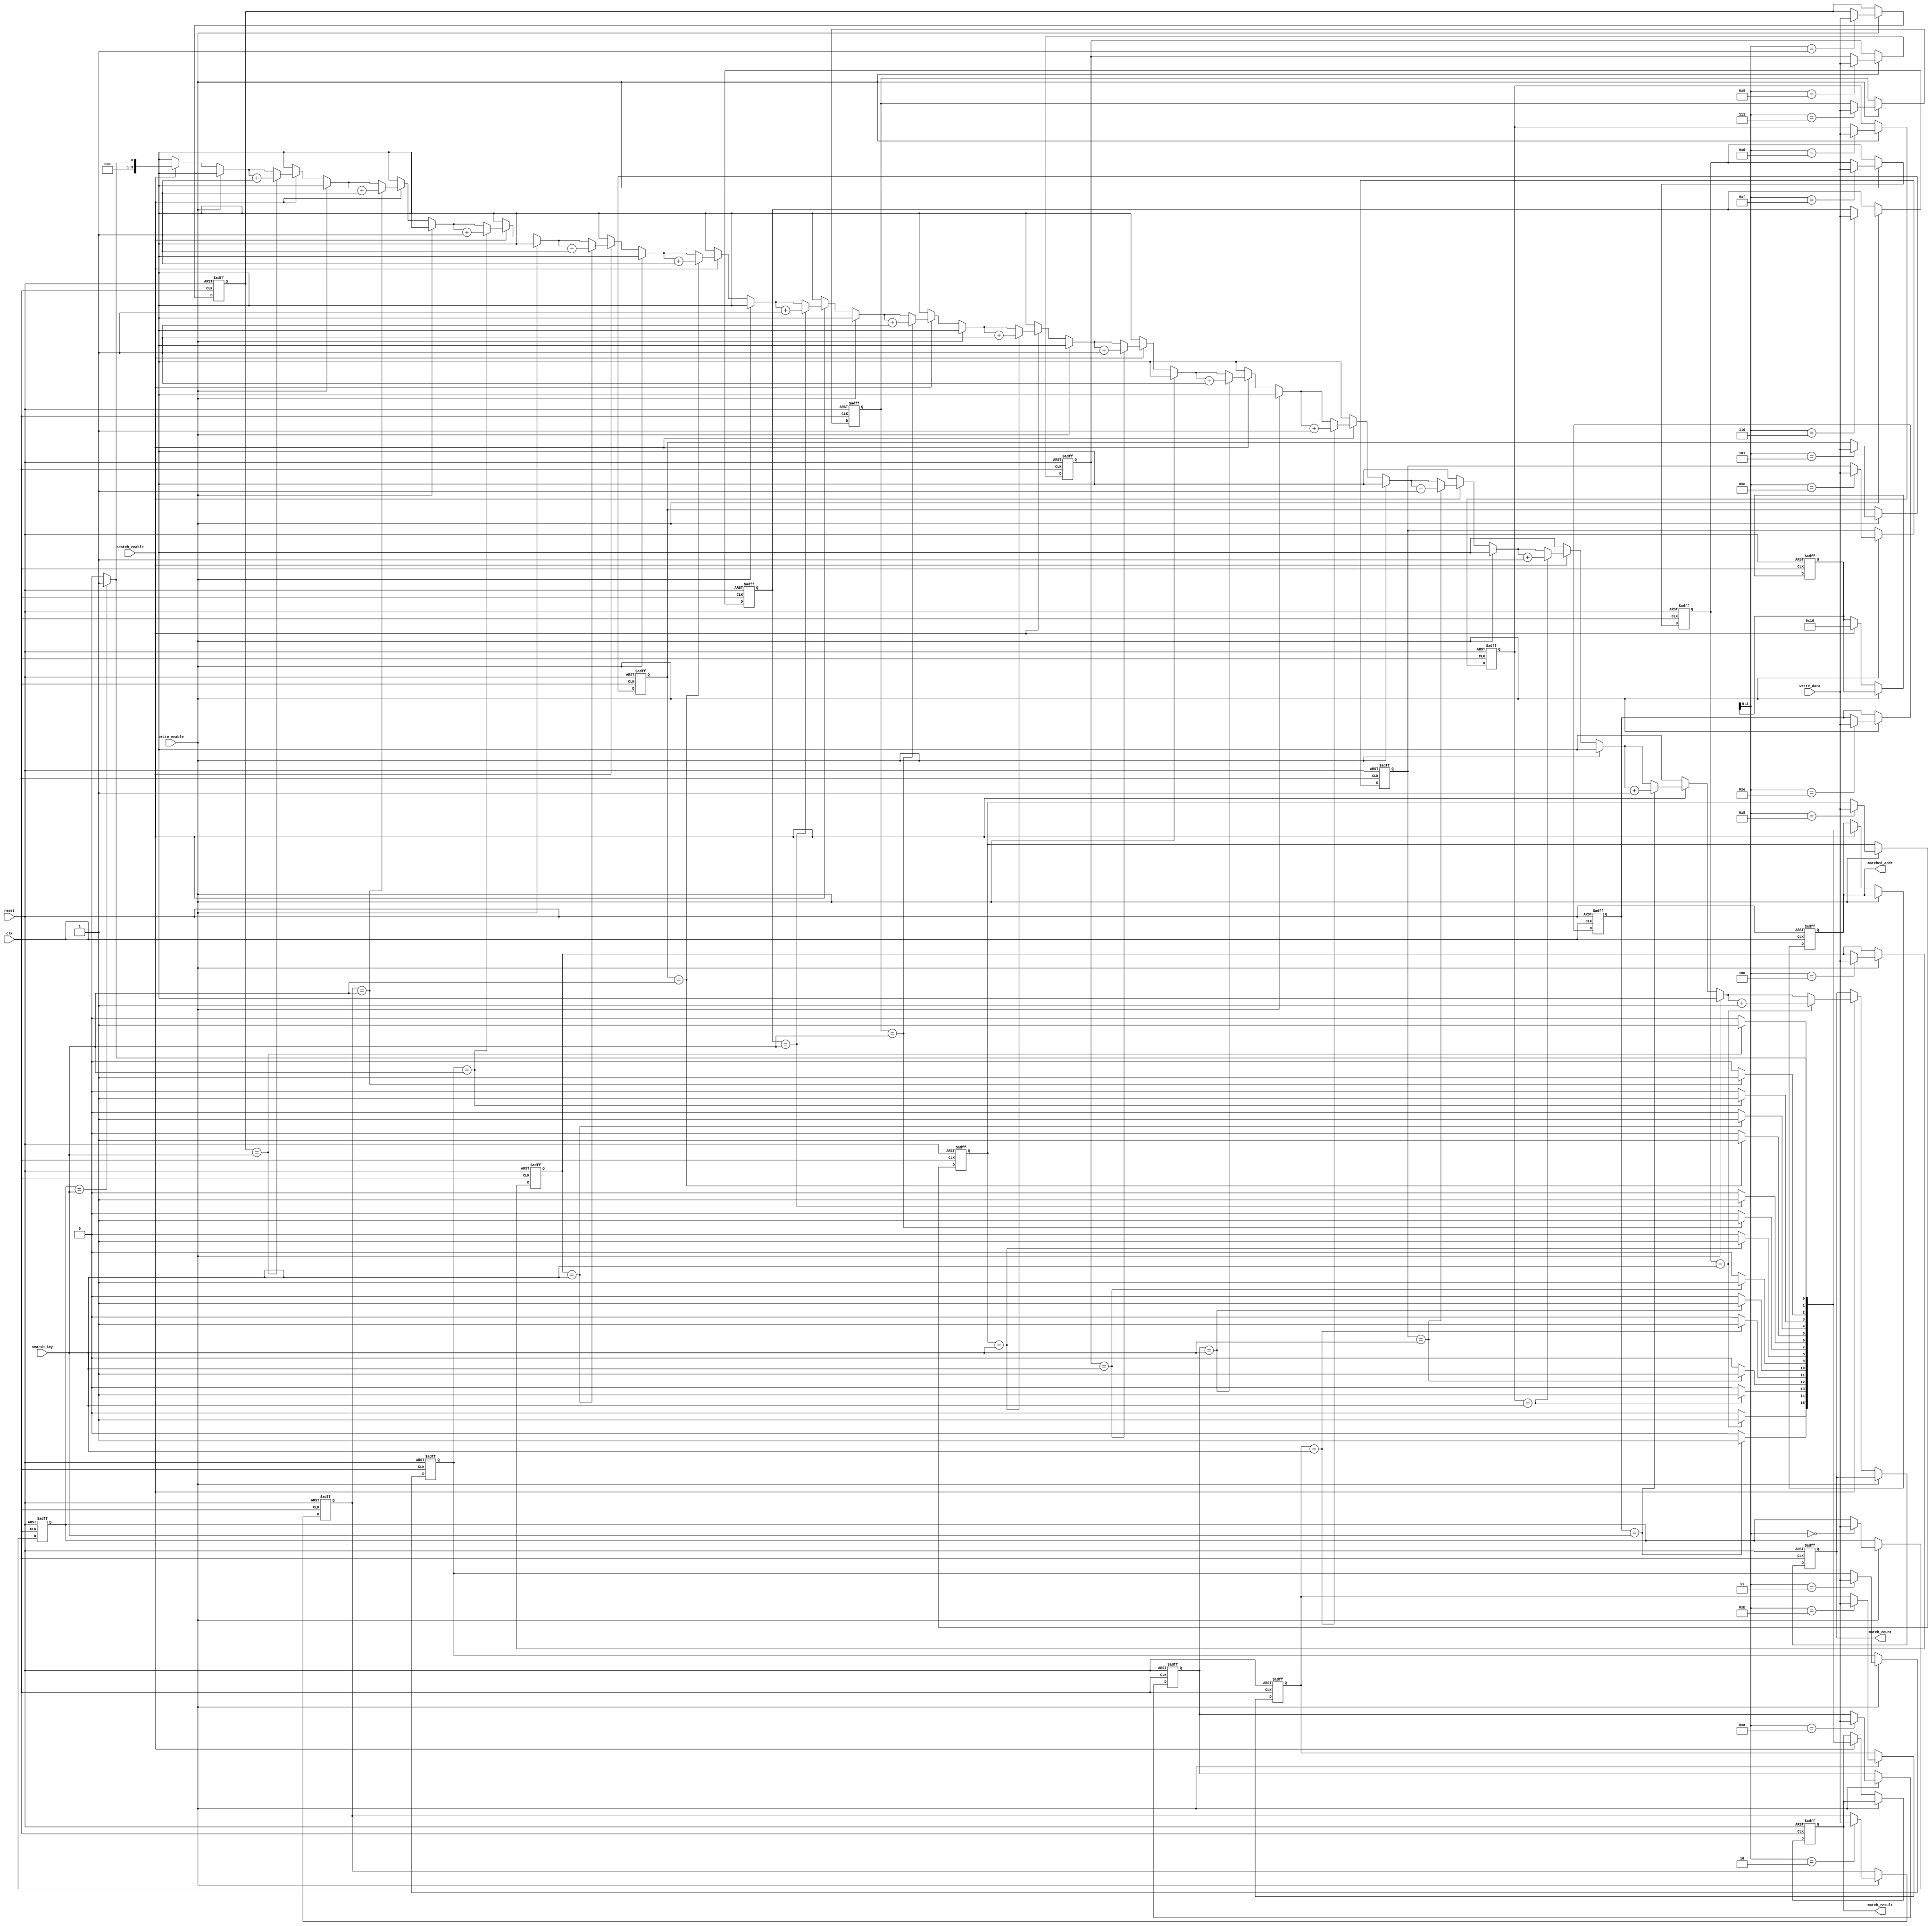
module BCAM #(
    parameter N = 16,   // Number of entries
    parameter W = 8     // Width of each entry
)(
    input wire clk,                  // Clock signal
    input wire reset,                // Reset signal
    input wire [W-1:0] search_key,   // Input search key
    input wire [W-1:0] write_data,    // Data to write
    input wire write_enable,          // Write enable signal
    input wire search_enable,         // Search enable signal
    output reg [N-1:0] match_result,  // Match result output (1 for match)
    output reg [N-1:0] matched_addr,   // Address of matched entries
    output reg [3:0] match_count      // Count of matches
);

    // Memory array declaration
    reg [W-1:0] memory [0:N-1];
    reg [N-1:0] match_signals; // Match signals for each entry

    // Initialization procedure
    integer i;
    always @(posedge clk or posedge reset) begin
        if (reset) begin
            for (i = 0; i < N; i = i + 1) begin
                memory[i] <= {W{1'b0}}; // Initialize memory to zeros
            end
            match_result <= 0;
            matched_addr <= 0;
            match_count <= 0;
        end else if (write_enable) begin
            // Write data into the specified memory location
            memory[i] <= write_data; // Assume i is defined elsewhere for writing
        end else if (search_enable) begin
            match_signals = 0; // Clear match signals
            match_count = 0;   // Reset match count
            // Compare search key with all entries
            for (i = 0; i < N; i = i + 1) begin
                if (memory[i] == search_key) begin
                    match_signals[i] = 1'b1; // Match found
                    match_count = match_count + 1; // Increment match count
                end
            end
            match_result <= match_signals; // Output match results
            matched_addr <= match_signals;  // Output matched addresses
        end
    end

endmodule